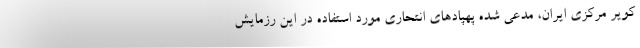
کویر مرکزی ایران، مدعی شده پهپادهای انتحاری مورد استفاده در این رزمایش